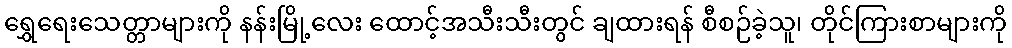
ရွှေရေးသေတ္တာများကို နန်းမြို့လေး ထောင့်အသီးသီးတွင် ချထားရန် စီစဉ်ခဲ့သူ၊ တိုင်ကြားစာများကို